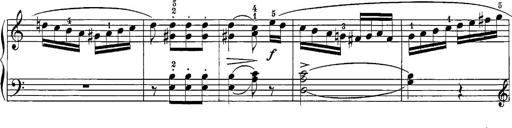
Title: 12 Sonatine per Pianoforte
Composer: Friedrich Kuhlau